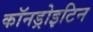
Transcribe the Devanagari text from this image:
कॉनड्रोइटिन